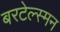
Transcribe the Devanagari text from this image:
बरटेल्स्मन